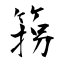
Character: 箉